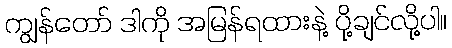
ကျွန်တော် ဒါကို အမြန်ရထားနဲ့ ပို့ချင်လို့ပါ။